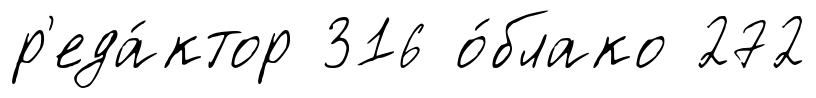
р'еда́ктор 316 о́блако 272